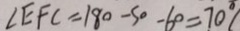
\angle E F C = 1 8 0 - 5 0 - 6 0 = 7 0 ^ { \circ }